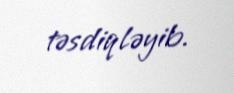
təsdiqləyib.